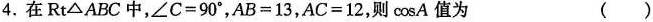
4.在Rt△ABC中,$$∠ C = 9 0 °$$,$$A B = 1 3$$,$$A C = 1 2$$,则\cos A值为()